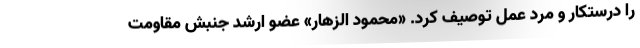
را درستکار و مرد عمل توصیف کرد. «محمود الزهار» عضو ارشد جنبش مقاومت